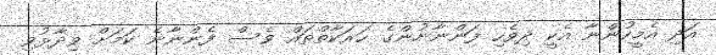
އަދި އެމީހުންނާ އެކީ ދިވެހި ފަންނާނުންގެ ހަރަކާތްތައް ވެސް ފެންނާނެ ކަމަށް ވިދާޅުވި